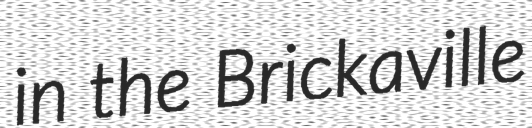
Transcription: in the Brickaville